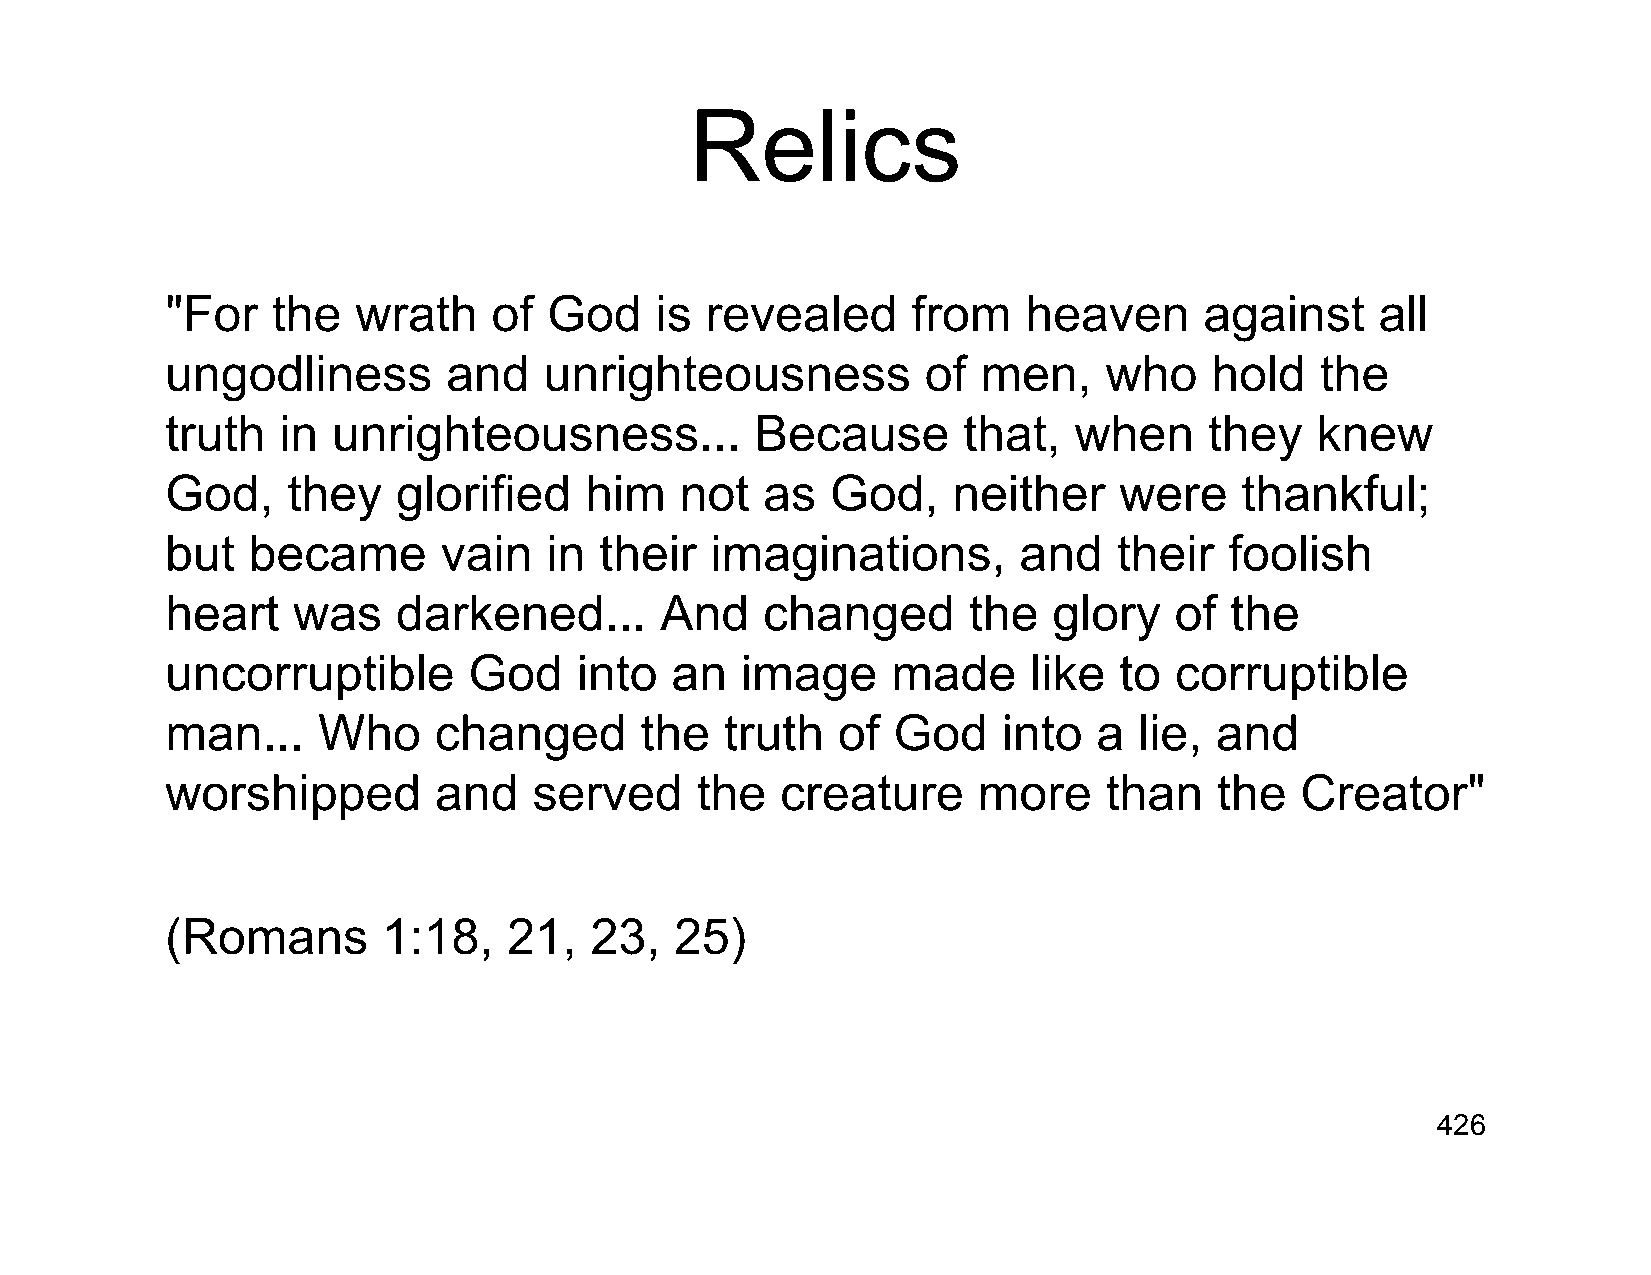
Relics
 "For   the   wrath    of God    is  revealed     from    heaven      against    all
 ungodliness        and   unrighteousness          of  men,    who    hold   the
 truth  in  unrighteousness...          Because       that,  when     they   knew
 God,    they   glorified    him   not  as   God,    neither    were    thankful;
 but  became       vain   in  their  imaginations,       and    their  foolish
 heart   was    darkened...       And   changed       the   glory   of the
 uncorruptible       God    into  an   image     made     like  to  corruptible
 man...    Who     changed      the   truth  of  God    into   a lie, and
 worshipped        and   served     the   creature     more    than    the  Creator"
 (Romans       1:18,    21,  23,   25)
 426